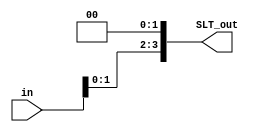
`timescale 1ns / 1ps
//////////////////////////////////////////////////////////////////////////////////
// Company: 
// Engineer: 
// 
// Design Name: 
// Module Name: shift_left_twice
// Project Name: 
// Target Devices: 
// Tool Versions: 
// Description: 
// 
// Dependencies: 
// 
// Revision:
// Revision 0.01 - File Created
// Additional Comments:
// 
//////////////////////////////////////////////////////////////////////////////////


module shift_left_twice#(
    parameter n = 4)(
    input [n-1 : 0] in,
    output [n-1 : 0] SLT_out 
    );
    
    assign SLT_out = (in<<2);
endmodule